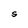
Character: S